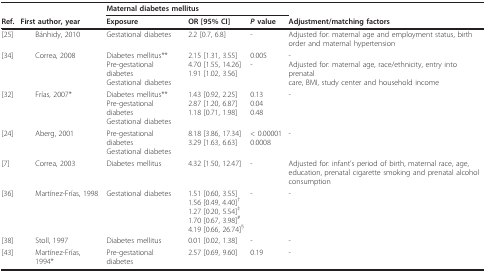
<table><thead><tr><td></td><td></td><td colspan="3"><b>Maternal diabetes mellitus</b></td><td></td></tr><tr><td><b>Ref.</b></td><td><b> First author, year</b></td><td><b>Exposure</b></td><td><b>OR [95% CI]</b></td><td><b><i>P </i>value</b></td><td><b>Adjustment/matching factors</b></td></tr></thead><tbody><tr><td>[25]</td><td> Bánhidy, 2010</td><td>Gestational diabetes</td><td>2.2 [0.7, 6.8]</td><td>-</td><td>Adjusted for: maternal age and employment status, birth order and maternal hypertension</td></tr><tr><td>[34]</td><td> Correa, 2008</td><td>Diabetes mellitus**Pre-gestational diabetesGestational diabetes</td><td>2.15 [1.31, 3.55]4.70 [1.55, 14.26]1.91 [1.02, 3.56]</td><td>0.005-</td><td>-Adjusted for: maternal age, race/ethnicity, entry into prenatal care, BMI, study center and household income</td></tr><tr><td>[32]</td><td> Frías, 2007*</td><td>Diabetes mellitus**Pre-gestational diabetesGestational diabetes</td><td>1.43 [0.92, 2.25]2.87 [1.20, 6.87]1.18 [0.71, 1.98]</td><td>0.130.040.48</td><td>-</td></tr><tr><td>[24]</td><td> Aberg, 2001</td><td>Pre-gestational diabetesGestational diabetes</td><td>8.18 [3.86, 17.34]3.29 [1.63, 6.63]</td><td>&lt; 0.000010.0008</td><td>-</td></tr><tr><td>[7]</td><td> Correa, 2003</td><td>Diabetes mellitus</td><td>4.32 [1.50, 12.47]</td><td>-</td><td>Adjusted for: infant&#x27;s period of birth, maternal race, age, education, prenatal cigarette smoking and prenatal alcohol consumption</td></tr><tr><td>[36]</td><td> Martínez-Frías, 1998</td><td>Gestational diabetes</td><td>1.51 [0.60, 3.55]1.56 [0.49, 4.40]<sup>†</sup>1.27 [0.20, 5.54]<sup>‡</sup>1.70 [0.67, 3.98]<sup>#</sup>4.19 [0.66, 26.74]<sup>§</sup></td><td>-</td><td>-</td></tr><tr><td>[38]</td><td> Stoll, 1997</td><td>Diabetes mellitus</td><td>0.01 [0.02, 1.38]</td><td>-</td><td>-</td></tr><tr><td>[43]</td><td> Martínez-Frías, 1994*</td><td>Pre-gestational diabetes</td><td>2.57 [0.69, 9.60]</td><td>0.19</td><td>-</td></tr></tbody></table>